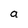
Character: a